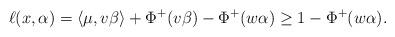
LaTeX: \begin{align*}\ell(x,\alpha) = \langle \mu,v\beta\rangle + \Phi^+(v\beta) - \Phi^+(w\alpha)\geq 1-\Phi^+(w\alpha).\end{align*}